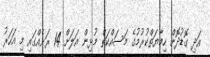
އަދި ގޮޑުދޮށް ހިމާޔަތްކުރުމުގެ މަސައްކަތް މުޅިން އަލަށް 14 ރަށެއްގައި މި އަހަރު